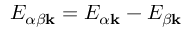
E _ { \alpha \beta \mathbf { k } } = E _ { \alpha \mathbf { k } } - E _ { \beta \mathbf { k } }